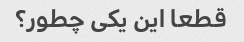
قطعا این یکی چطور؟